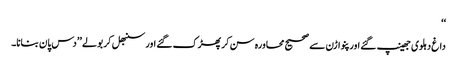
‘‘
داغ دہلوی جھینپ گئے اور پنواڑن سے صحیح محاورہ سن کر پھڑک گئے اور سنبھل کر بولے ’’دس پان بنانا۔